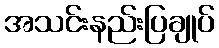
အသင်းနည်းပြချုပ်